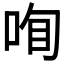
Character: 𠲾